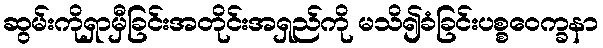
ဆွမ်းကိုရှာမှီခြင်းအတိုင်းအရှည်ကို မသိ၍ခံခြင်းပစ္စဝေက္ခနာ